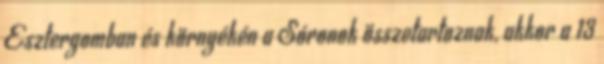
Esztergomban és környékén a Sóronok összetartoznak, akkor a 13